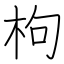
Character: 枸